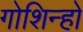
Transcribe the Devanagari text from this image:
गोशिन्हो